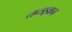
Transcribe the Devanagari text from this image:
तन्त्रज्ञान